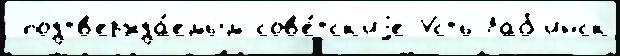
 подтв'ержда́емым сов'е́тск'иjе Усть-Лаб'инск